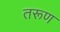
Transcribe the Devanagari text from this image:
तरूण